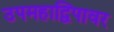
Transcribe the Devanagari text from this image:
उपमहाद्विपावर